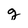
Character: g